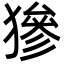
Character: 㺑